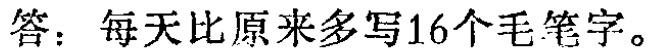
答：每天比原来多写16个毛笔字。